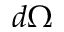
d \Omega